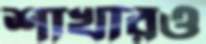
শাখারও